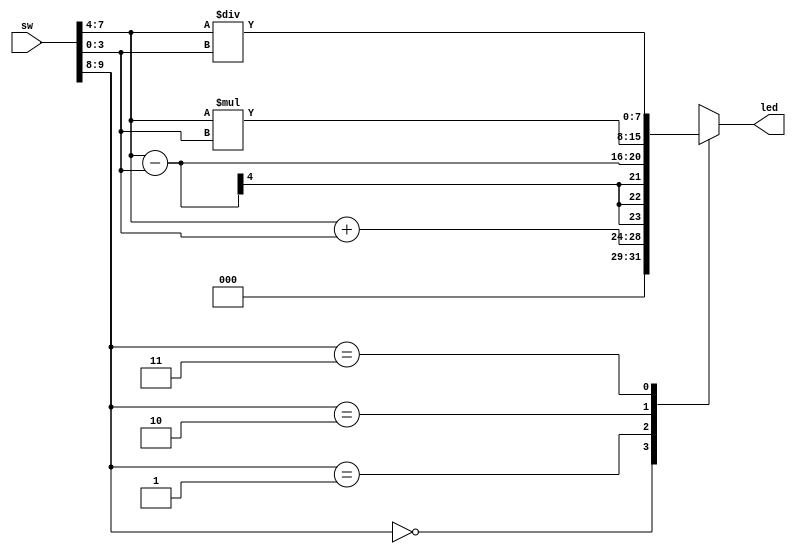



module Calc_program(
    output reg[7:0]led,
    input [9:0]sw
    );
    
    always@*
    begin
         case(sw[9:8])
         2'b00:led=sw[7:4]+sw[3:0];
         2'b01:led=sw[7:4]-sw[3:0];
         2'b10:led=sw[7:4]*sw[3:0];
         2'b11:led=sw[7:4]/sw[3:0];
         default:led=8'b00000000;
         endcase
   end
endmodule